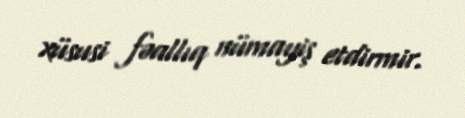
xüsusi fəallıq nümayiş etdirmir.